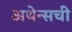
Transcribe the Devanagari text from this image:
अथेन्सची